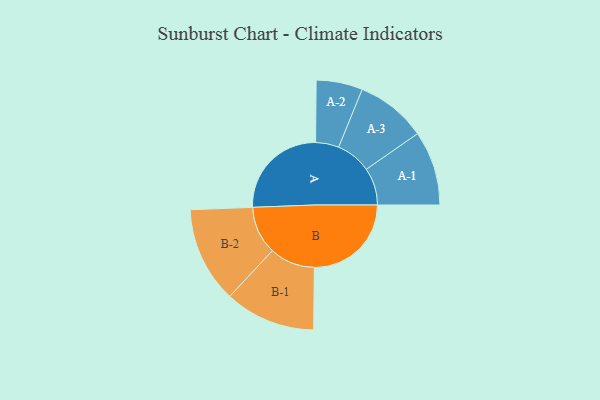
{"axis": {"x": "Segment", "y": "Value"}, "legend": ["", "A", "B"], "data": [{"x": "A", "y": 492, "type": ""}, {"x": "B", "y": 481, "type": ""}, {"x": "A-1", "y": 185, "type": "A"}, {"x": "A-2", "y": 115, "type": "A"}, {"x": "A-3", "y": 175, "type": "A"}, {"x": "B-1", "y": 225, "type": "B"}, {"x": "B-2", "y": 238, "type": "B"}]}